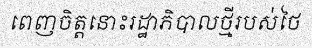
ពេញចិត្តនោះរដ្ឋាភិបាលថ្មីរបស់ថៃ